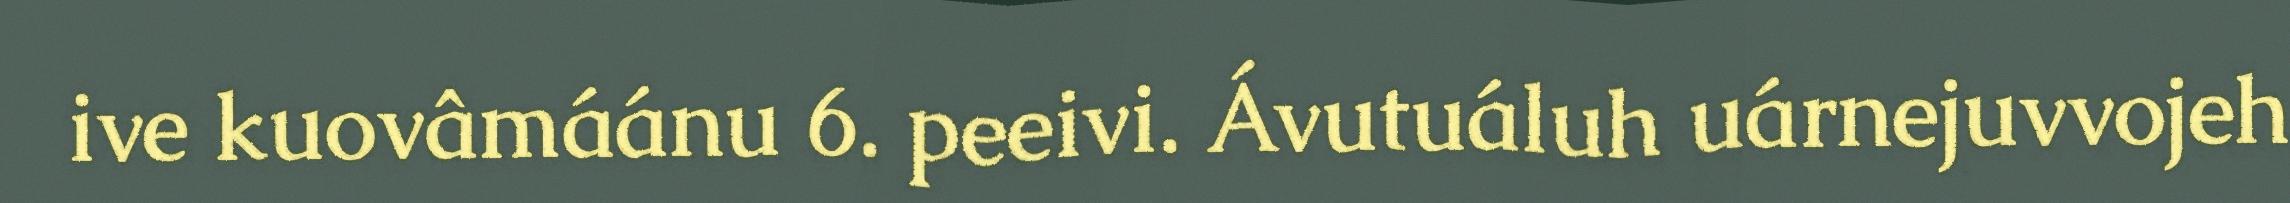
ive kuovâmáánu 6. peeivi. Ávutuáluh uárnejuvvojeh